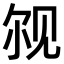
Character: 𫌨